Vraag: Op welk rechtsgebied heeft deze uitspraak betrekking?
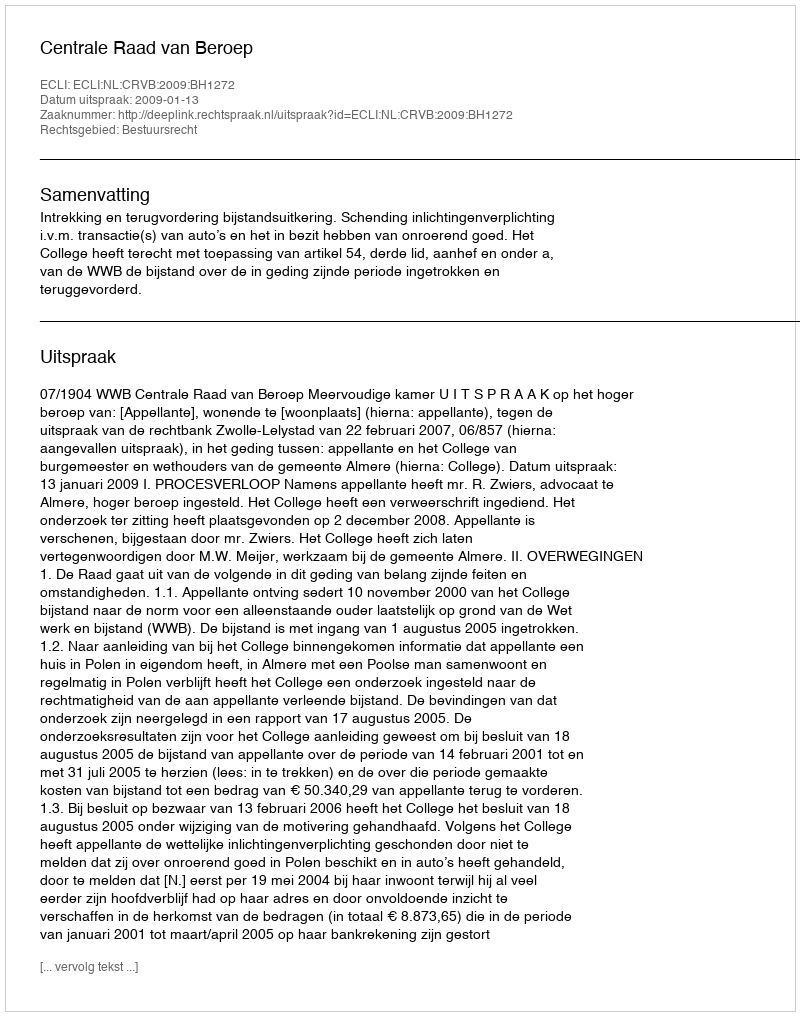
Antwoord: Bestuursrecht